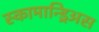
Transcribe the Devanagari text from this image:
स्कामान्ड्रिअस